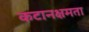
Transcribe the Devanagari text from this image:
कटानक्षमता